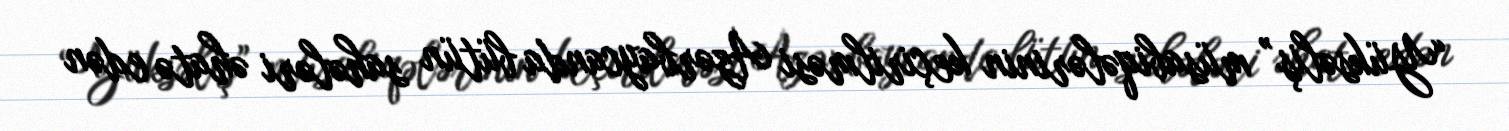
“Yüksəliş” müsabiqələrinin keçirilməsi Azərbaycanda bütün sahələri əhatə edən